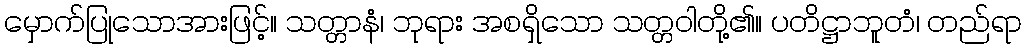
မှောက်ပြုသောအားဖြင့်။ သတ္တာနံ၊ ဘုရား အစရှိသော သတ္တဝါတို့၏။ ပတိဋ္ဌာဘူတံ၊ တည်ရာ